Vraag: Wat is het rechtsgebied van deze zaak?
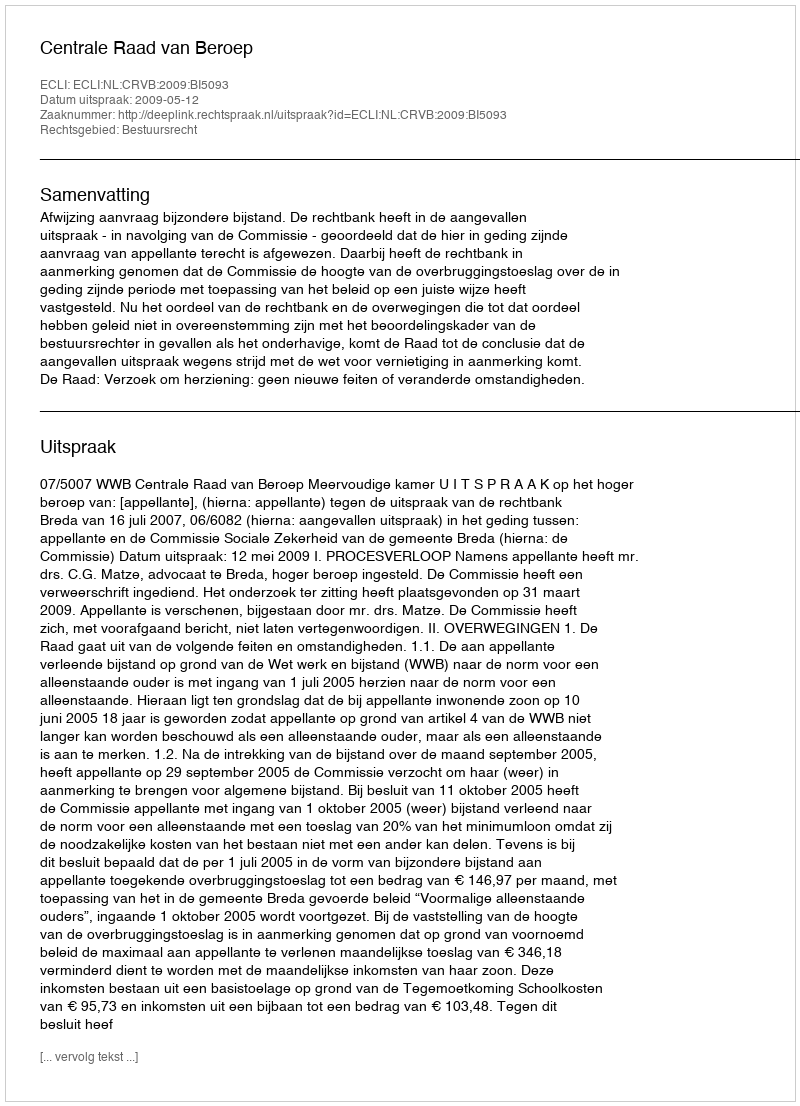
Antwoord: Bestuursrecht